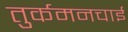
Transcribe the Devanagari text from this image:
तुर्कमनचाई